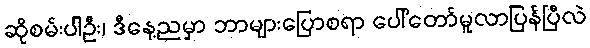
ဆိုစမ်းပါဦး၊ ဒီနေ့ညမှာ ဘာများပြောစရာ ပေါ်တော်မူလာပြန်ပြီလဲ